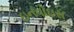
ઇનવોઇસ